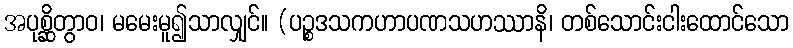
အပုစ္ဆိတွာဝ၊ မမေးမူ၍သာလျှင်။ (ပဉ္စဒသကဟာပဏသဟဿာနိ၊ တစ်သောင်းငါးထောင်သော